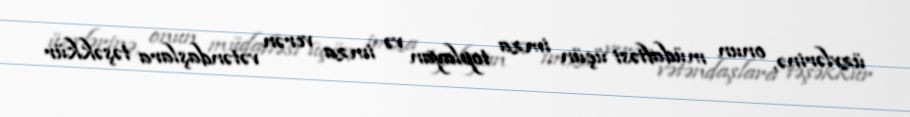
üzvlərinə, onun müdafiəsi üçün imza toplayan və imza verən vətəndaşlara təşəkkür